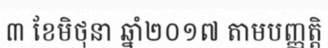
៣ ខែមិថុនា ឆ្នាំ២០១៧ តាមបញ្ញត្តិ